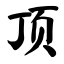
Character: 顶